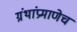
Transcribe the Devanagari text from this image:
ग्रंथांप्रमाणेच